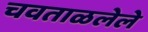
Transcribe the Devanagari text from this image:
चवताळलेले